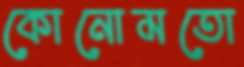
কোনোমতো